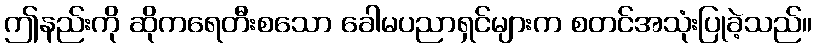
ဤနည်းကို ဆိုကရေတီးစသော ခေါမပညာရှင်များက စတင်အသုံးပြုခဲ့သည်။